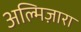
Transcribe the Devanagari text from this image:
अल्मिज़ारा